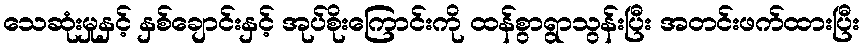
သေဆုံးမှုနှင့် နှစ်ချောင်းနှင့် အုပ်စိုးကြောင်းကို ထန်စွာရွာသွန်းပြီး အတင်းဖက်ထားပြီး